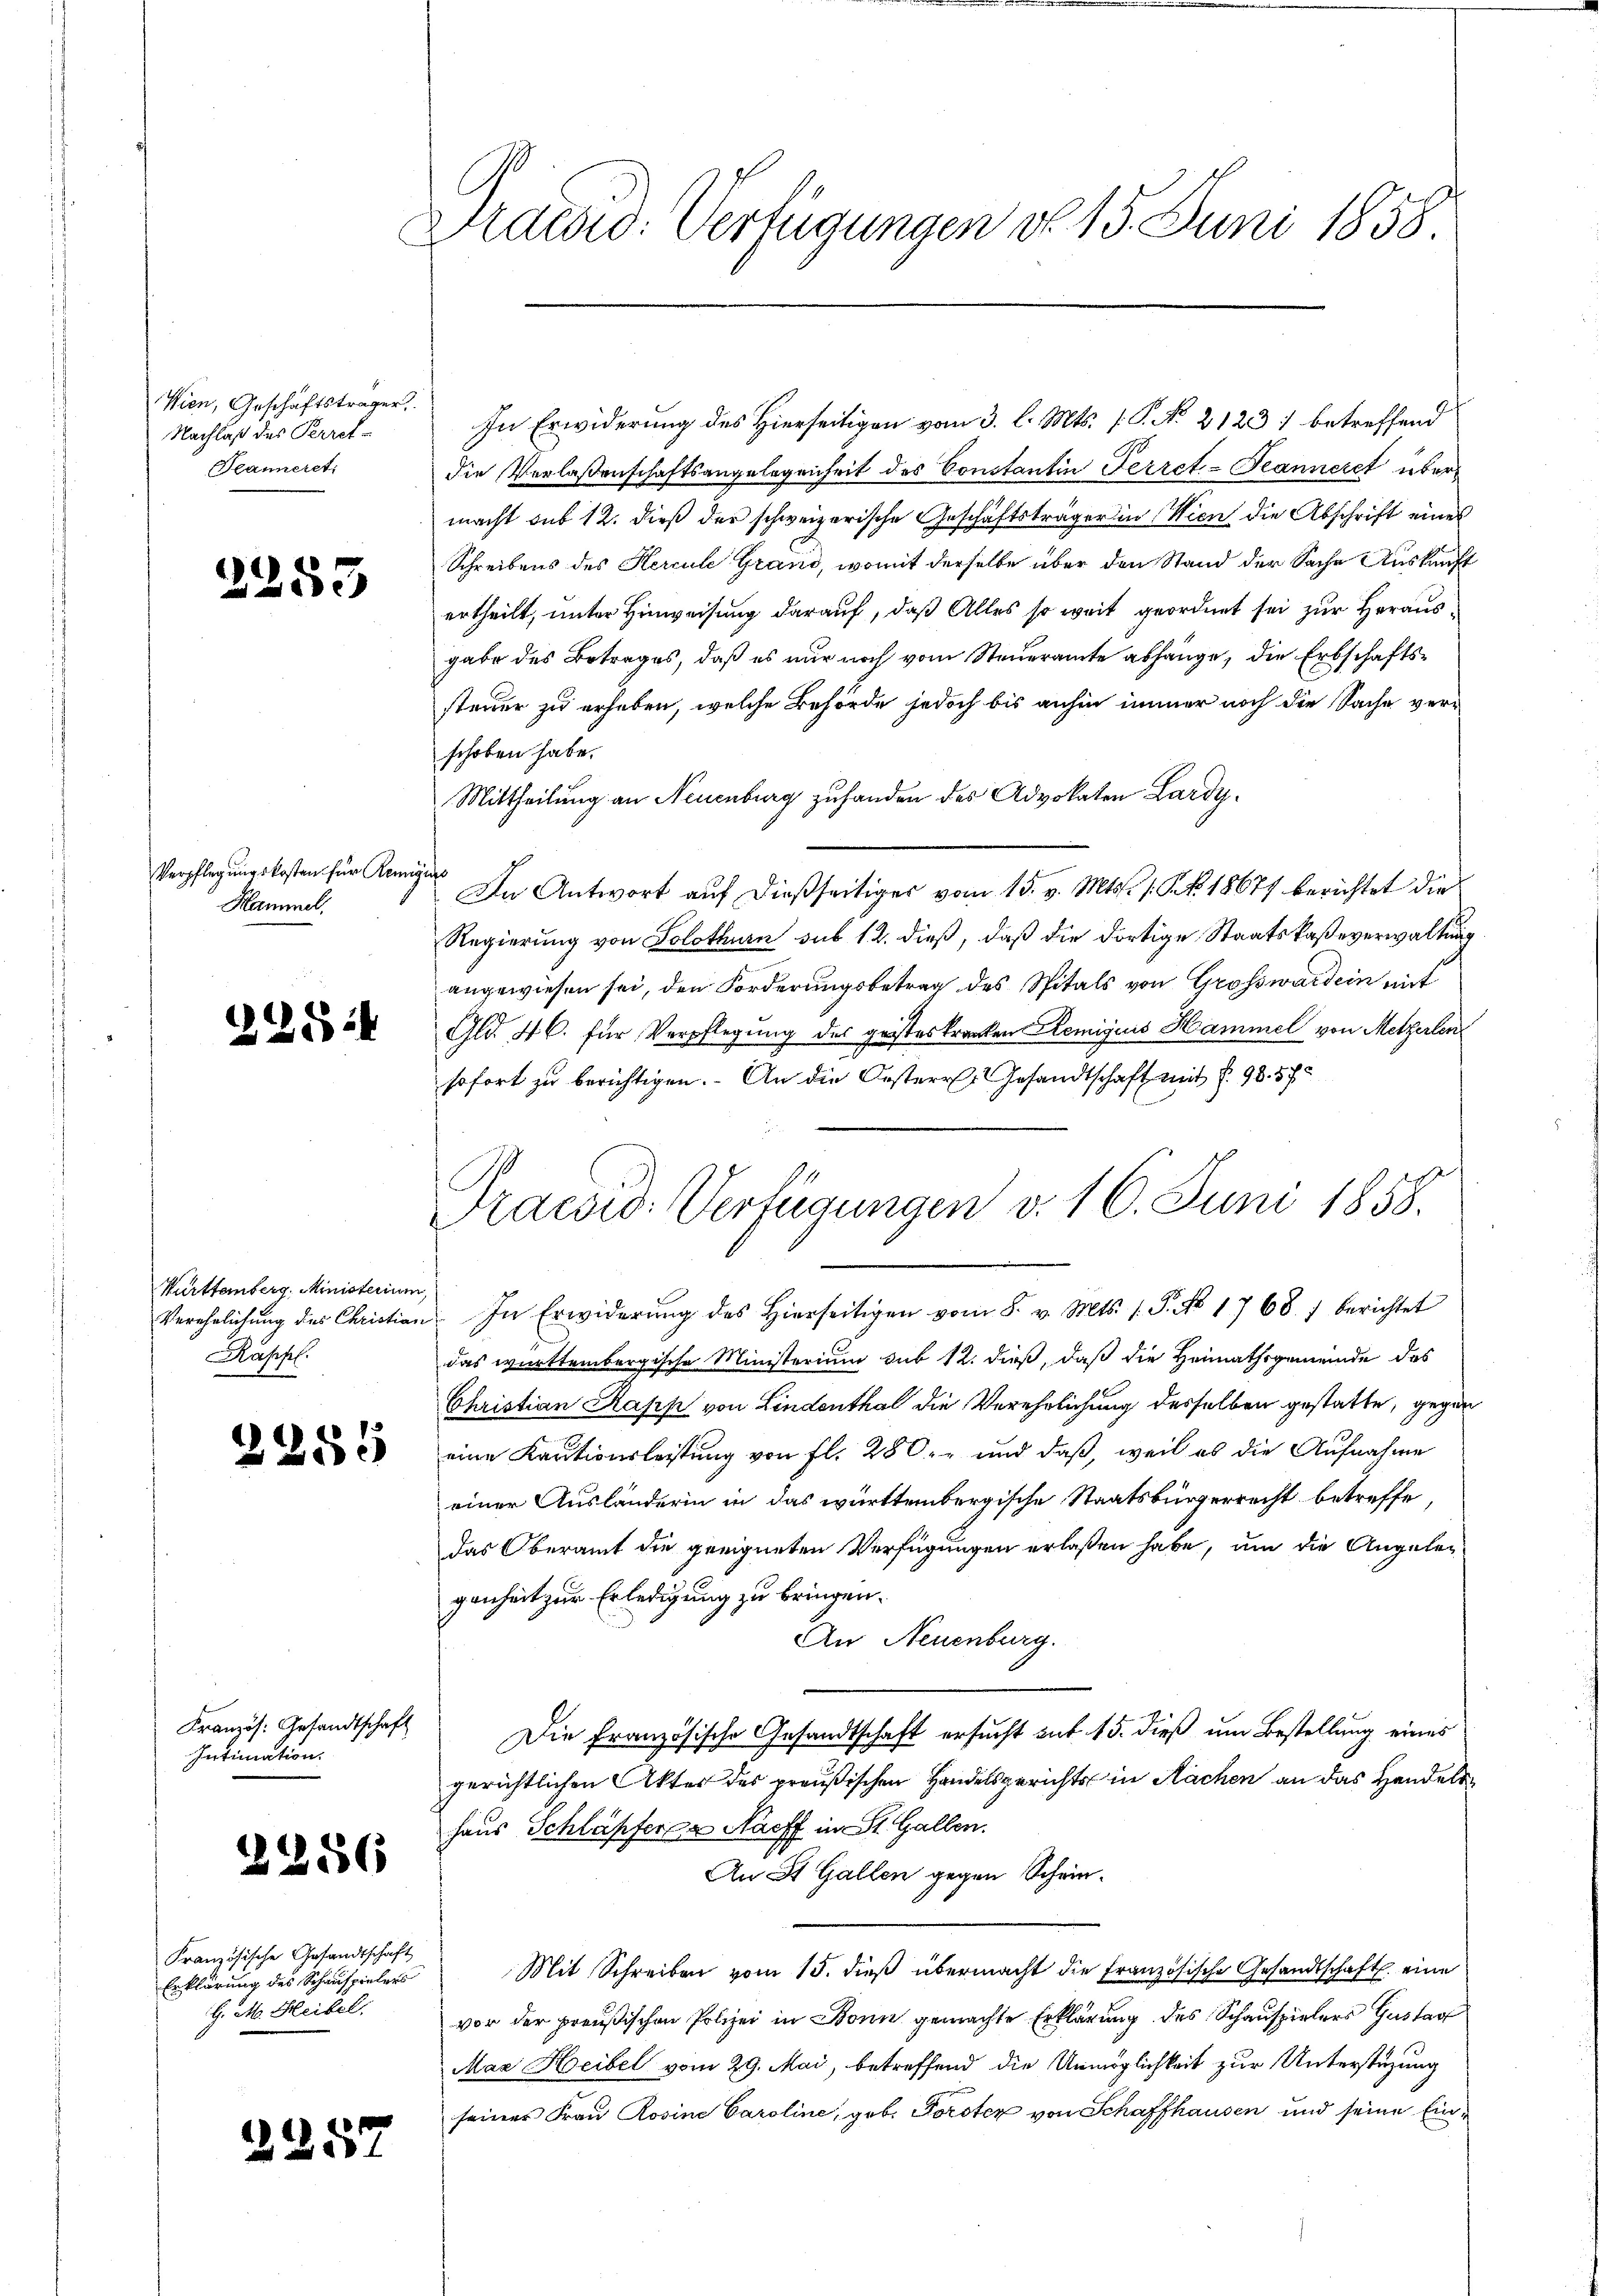
Wien, Geschäftsträger.
Nachlaß des Perret-
Teanneret.

2253

Verpflegungskosten für Reinig
Hammel,

228:

Württemberg, Ministerium
Rappel.
2

2255

Französ. Gesandtschaft
Intimation.

)

d

1256

Französische Gesandtschaft
Erklärung des Schauspielers
H. M. Heibel.

2

57

Lidead: Verfügungen d. 15. Juni 1858.

In Erwiderung des Hierseitigen vom 3. l. Mts. f. P. No. 2123) betreffend
die Verlaßenschaftsangelegenheit des Constantin Ferret-Teanneret über
macht sub 12. dieß der schweizerische Geschäftsträger in Wien die Abschrift eines
Schreibens des Hercule Grand, womit derselbe über den Stand der Sache Auskunft
ertheilt, unter Hinweisung darauf, daß Alles so weit geordnet sei zur Herausgabe des Betrages, daß es nur noch vom Steueramte abhänge, die Erbschaftssteuer zu erheben, welche Behörde jedoch bis anhin immer noch die Sache verschoben habe.
Mittheilung an Neuenburg zu hander des Advokaten Lardyi
In Antwort aŭf dießseitiges vom 15. v. Mts. s. S. 18677 berichtet die
Regierung von Solothurn sub 12. dieß, daß die dortige Staatskaßeverwaltung
angewiesen sei, den Forderungsbetrag des Spitals von Grosswardein mit
Gld. 4 C. für Verpflegung des geisteskranken Hemigiis Hammel von Metzerlen
sofort zu berichtigen. An die Oesterr. Gesandtschaft mit f. 98. 575
Verehelichŭng des Christian In Erwiderŭng des hierseitigen vom 8. v. Mts. 1. P. No 1768 / berichtet
das württembergische Ministerium sub 12. dieß, daß die Heimathsgemeinde des
Christian Kapis von Lindenthal die Verehrlichung desselben gestatte, gegen
eine Kautionsleistung von fl. 280. und daß, weil es die Aufnahme
einer Ausländerin in das württembergische Staatsbürgerrecht betreffe,
Das Oberamt die geeigneten Verfügungen erlaßen habe, um die Angelegenheit zur Erledigung zu bringen.
An Neuenburg.
Die Französische Gesandtschaft ersucht auf 15. dieß um Bestellung eines
gerichtlichen Akter des preußischen Handelsgerichts in Nachen an das Handels
haus Schläpferer Naeff in St. Gallen.
An St. Gallen gegen Schein¬
Mit Schreiben vom 15. dieß übermacht die Französische Gesandtschaft eine
vor der preußischen Polizei in Bonn gemachte Erklärung des Schauspielers Gustar
Maz Heibel vom 29. Mai, betreffend die Unmöglichkeit zur Unterstüzung
seines Frau Rosine Caroline, geb. Forster von Schaffhausen und seine Ein¬

Praesio: Verfügungen v. 16. Juni 1858.